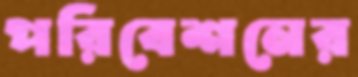
পরিবেশনের